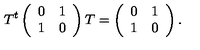
T ^ { t } \left( \begin{array} { c c } { 0 } & { 1 } \\ { 1 } & { 0 } \\ \end{array} \right) T = \left( \begin{array} { c c } { 0 } & { 1 } \\ { 1 } & { 0 } \\ \end{array} \right) .